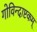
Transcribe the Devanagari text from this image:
गोविन्दाष्टकम्‌